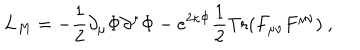
L _ { M } = - \frac { 1 } { 2 } \partial _ { \mu } \Phi \partial ^ { \mu } \Phi - e ^ { 2 \kappa \Phi } \frac { 1 } { 2 } \mathrm { T r } ( F _ { \mu \nu } F ^ { \mu \nu } ) \ ,